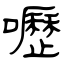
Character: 嚦